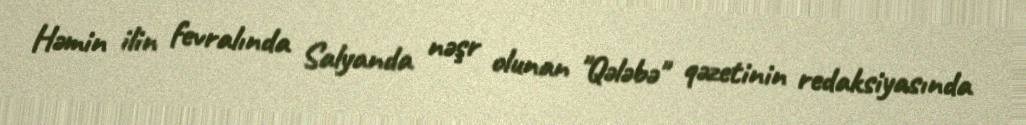
Həmin ilin fevralında Salyanda nəşr olunan "Qələbə" qəzetinin redaksiyasında